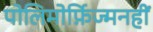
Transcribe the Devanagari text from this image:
पोलिमोर्फ़िज्मनहीं